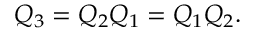
Q _ { 3 } = Q _ { 2 } Q _ { 1 } = Q _ { 1 } Q _ { 2 } .